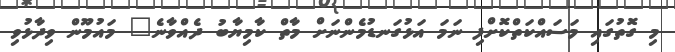
މި ގޮތުގައި މަސައްކަތްކޮށްފި ނަމަ އަޅުގަނޑުމެންނަށް މާތް ކާމިޔާބު ދެއްވާނެ" މައުމޫން ވިދާޅުވި